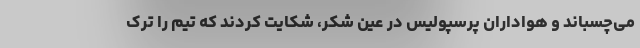
می‌چسباند و هواداران پرسپولیس در عین شکر، شکایت کردند که تیم را ترک